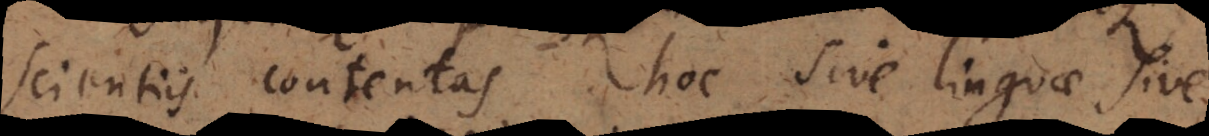
scientiis contentas hoc sive linguae sive